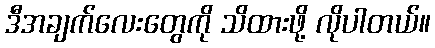
ဒီအချက်လေးတွေကို သိထားဖို့ လိုပါတယ်။